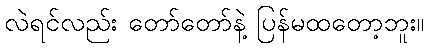
လဲရင်လည်း တော်တော်နဲ့ ပြန်မထတော့ဘူး။